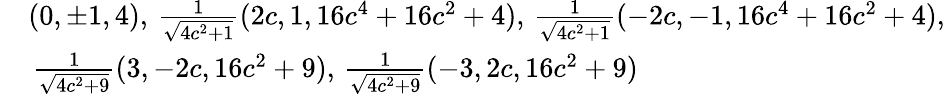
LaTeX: \begin{array}{rl}&{(0,\pm 1,4),\, \frac{1}{\sqrt{4c^{2}+1}}(2c,1,16c^{4}+16c^{2}+4),\, \frac{1}{\sqrt{4c^{2}+1}}(-2c,-1,16c^{4}+16c^{2}+4),}\\ &{\, \frac{1}{\sqrt{4c^{2}+9}}(3,-2c,16c^{2}+9),\, \frac{1}{\sqrt{4c^{2}+9}}(-3,2c,16c^{2}+9)}\end{array}